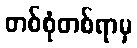
တစ်စုံတစ်ရာမှ